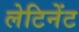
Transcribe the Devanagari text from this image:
लेटिनेंट